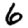
Digit: 6